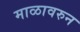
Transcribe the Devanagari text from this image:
माळावरुन